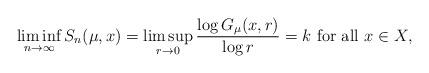
LaTeX: \begin{align*}\liminf_{n\to \infty} S_n(\mu,x)=\limsup_{r\to 0} \frac{\log G_\mu(x,r)}{\log r}=k \mbox{ for all $x\in X$},\end{align*}